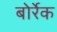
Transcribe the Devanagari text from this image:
बोर्रेक